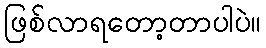
ဖြစ်လာရတော့တာပါပဲ။